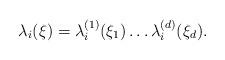
LaTeX: \begin{align*}\lambda_i(\xi) = \lambda^{(1)}_i(\xi_1)\hdots \lambda^{(d)}_i(\xi_d).\end{align*}